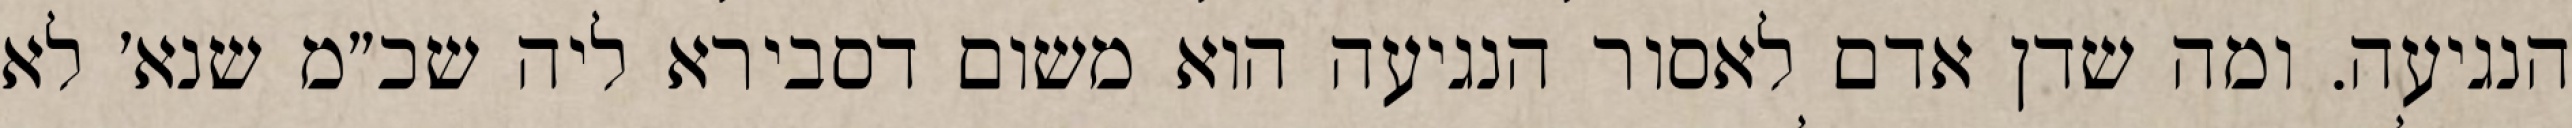
הנגיעה. ומה שדן אדם לאסור הנגיעה הוא משום דסבירא ליה שכ״מ שנא׳ לא